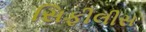
સિફીલીસ